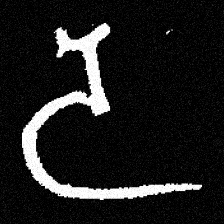
Pyu character \u2014 Myanmar letter: ဒ (romanized: da)